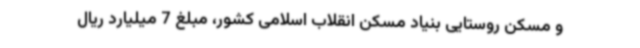
و مسکن روستایی بنیاد مسکن انقلاب اسلامی کشور، مبلغ 7 میلیارد ریال